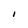
Character: I